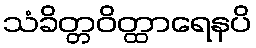
သံခိတ္တဝိတ္ထာရေနပိ